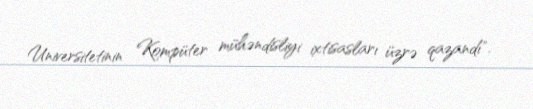
Universitetinin Kompüter mühəndisliyi ixtisasları üzrə qazandı".